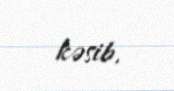
kəsib.